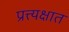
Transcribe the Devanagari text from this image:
प्रत्त्यक्षात